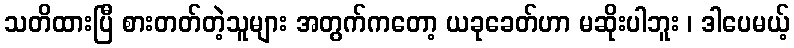
သတိထားပြီ စားတတ်တဲ့သူများ အတွက်ကတော့ ယခုခေတ်ဟာ မဆိုးပါဘူး ၊ ဒါပေမယ့်